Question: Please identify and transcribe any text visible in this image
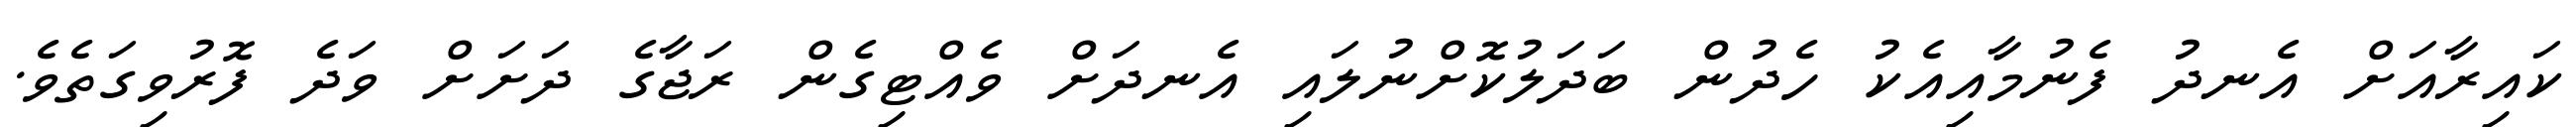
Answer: ކައިރާއަށް އެނދު ފެނުމާއިއެކު ހެދުން ބަދަލުކޮށްނުލައި އެނދަށް ވެއްޓިގެން ރަޖާގެ ދަށަށް ވަދެ ފޮރުވިގަތެވެ.